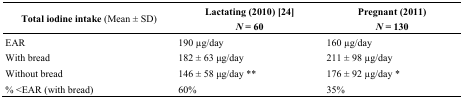
| Total iodine intake (Mean ± SD) | Lactating (2010) [24] N = 60 | Pregnant (2011)N = 130 |
 | --- | --- | --- |
 | EAR | 190 μg/day | 160 μg/day |
 | With bread | 182 ± 63 μg/day | 211 ± 98 μg/day |
 | Without bread | 146 ± 58 μg/day ** | 176 ± 92 μg/day * |
 | % <EAR (with bread) | 60% | 35% |